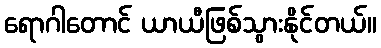
ရောဂါတောင် ယာယီဖြစ်သွားနိုင်တယ်။